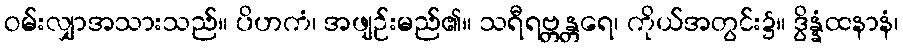
ဝမ်းလျှာအသားသည်။ ပိဟကံ၊ အဖျဉ်းမည်၏။ သရီရဗ္တန္တရေ၊ ကိုယ်အတွင်း၌။ ဒွိန္နံထနာနံ၊